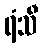
ရံသီ